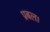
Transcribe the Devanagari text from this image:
प्रबल।